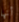
أنها